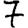
Digit: 7